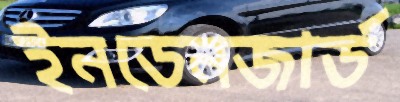
ইনডেনজার্ড